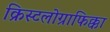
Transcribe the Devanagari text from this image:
क्रिस्टलोग्राफिक्का